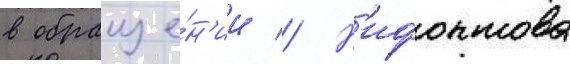
в обраще́н'ии // Н'ифонтова